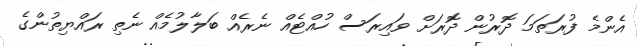
އެންމެ ފުރަތަމަ ދޮރުން ދޮރަށް ވައިރަސް ހުއްޓެއް ނެރެއް ބަލާލުމެއް ނެތި ރައްޔިތުންގެ